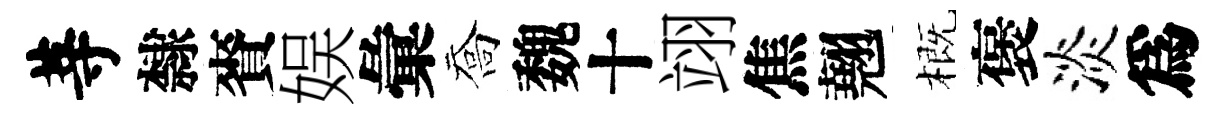
䓁隸賚娱彙喬魏十翊焦翹概褒淡爲